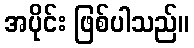
အပိုင်း ဖြစ်ပါသည်။